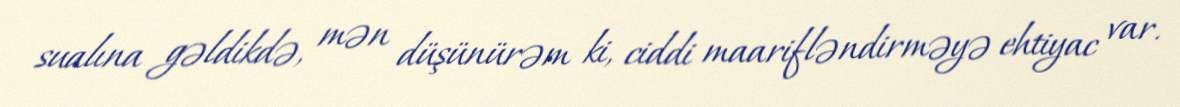
sualına gəldikdə, mən düşünürəm ki, ciddi maarifləndirməyə ehtiyac var.